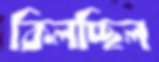
কিলচ্ছিল